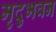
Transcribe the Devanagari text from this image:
मृदुभवन